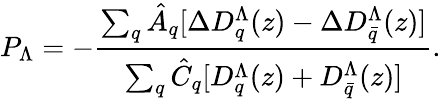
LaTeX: P_{\Lambda}=-\frac{\sum_{q}\hat{A}_{q}[\Delta D_{q}^{\Lambda}(z)-\Delta D_{\bar{q}}^{\Lambda}(z)]}{\sum_{q}\hat{C}_{q}[D_{q}^{\Lambda}(z)+D_{\bar{q}}^{\Lambda}(z)]}.